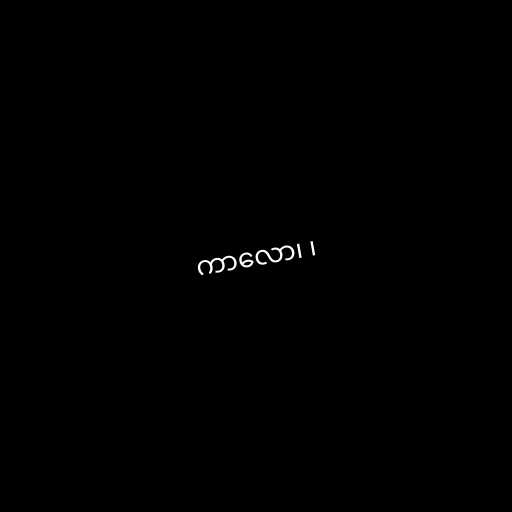
ကာလော၊ ၊